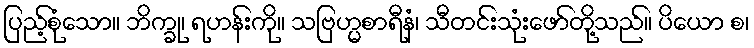
ပြည့်စုံသော။ ဘိက္ခု၊ ရဟန်းကို။ သဗြဟ္မစာရီနံ၊ သီတင်းသုံးဖော်တို့သည်။ ပိယော စ၊